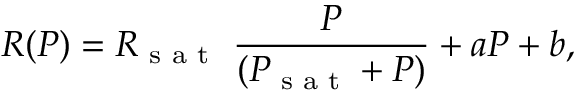
R ( P ) = R _ { \textrm { s a t } } \ \frac { P } { ( P _ { \textrm { s a t } } + P ) } + a P + b ,